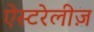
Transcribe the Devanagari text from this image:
ऐस्टरेलीज़